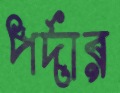
পর্দার